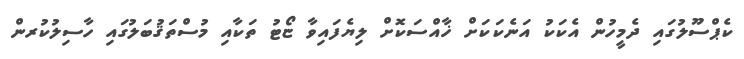
ކެޕްސޫލުގައި ދެމީހުން އެކަކު އަނެކަކަށް ޚާއްސަކޮށް ލިޔެފައިވާ ޏޯޓު ތަކާއި މުސްތަޤުބަލުގައި ހާސިލުކުރން